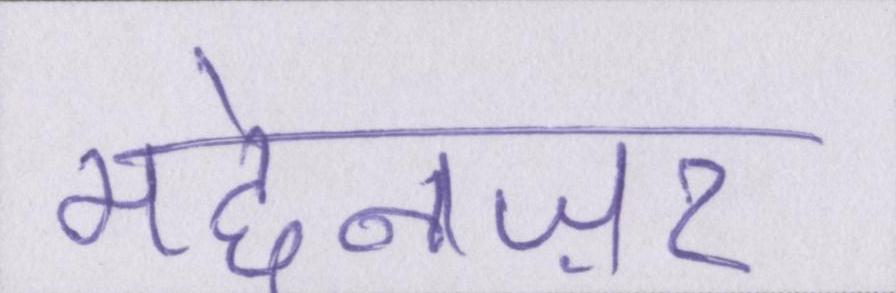
मद्देनज़र